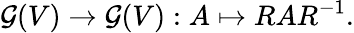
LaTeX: {\mathcal{G}}(V)\to{\mathcal{G}}(V):A\mapsto RAR^{-1}.